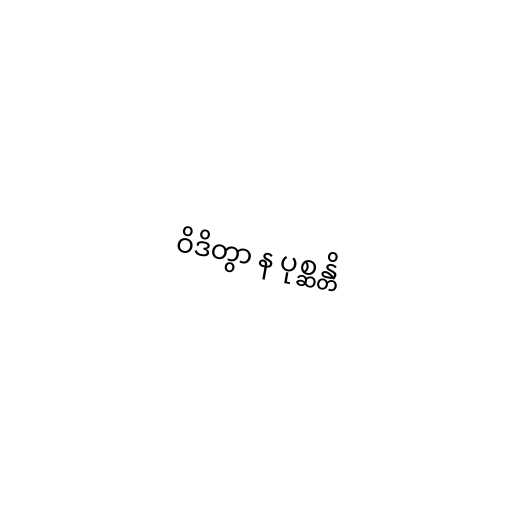
ဝိဒိတွာ န ပုစ္ဆန္တိ